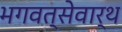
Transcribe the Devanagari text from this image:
भगवत्सेवार्थ